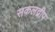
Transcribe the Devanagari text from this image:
सकलद्वीप